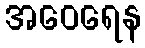
အဝေရေန